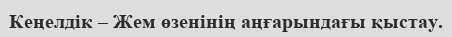
Кеңелдік – Жем өзенінің аңғарындағы қыстау.